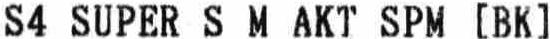
S4 SUPER S M AKT SPM [BK]